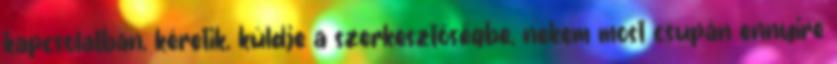
kapcsolatban, kéretik, küldje a szerkesztőségbe, nekem most csupán ennyire